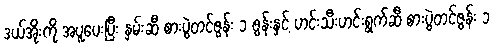
ဒယ်အိုးကို အပူပေးပြီး နှမ်းဆီ စားပွဲတင်ဇွန်း ၁ ဇွန်းနှင့် ဟင်းသီးဟင်းရွက်ဆီ စားပွဲတင်ဇွန်း ၁